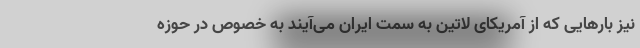
نیز بارهایی که از آمریکای لاتین به سمت ایران می‌آیند به خصوص در حوزه